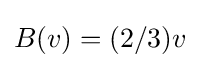
B(v)=(2/3)v